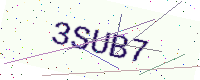
Text: 3SUB7